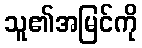
သူ၏အမြင်ကို